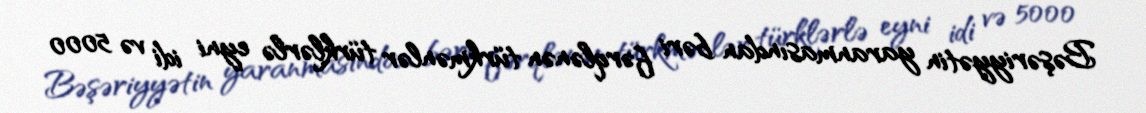
Bəşəriyyətin yaranmasından bəri fərqlənən türkmənlər türklərlə eyni idi və 5000